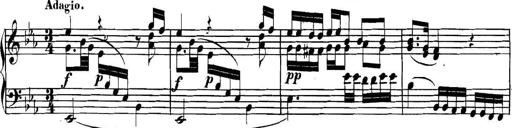
Title: Collected Piano Sonatas
Composer: Muzio Clementi